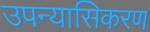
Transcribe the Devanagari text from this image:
उपन्यासिकरण